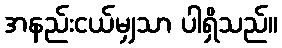
အနည်းငယ်မျှသာ ပါရှိသည်။